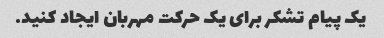
یک پیام تشکر برای یک حرکت مهربان ایجاد کنید.